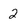
Character: 2